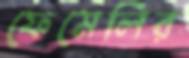
ফেমেলির